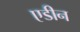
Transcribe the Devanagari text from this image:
एडीन